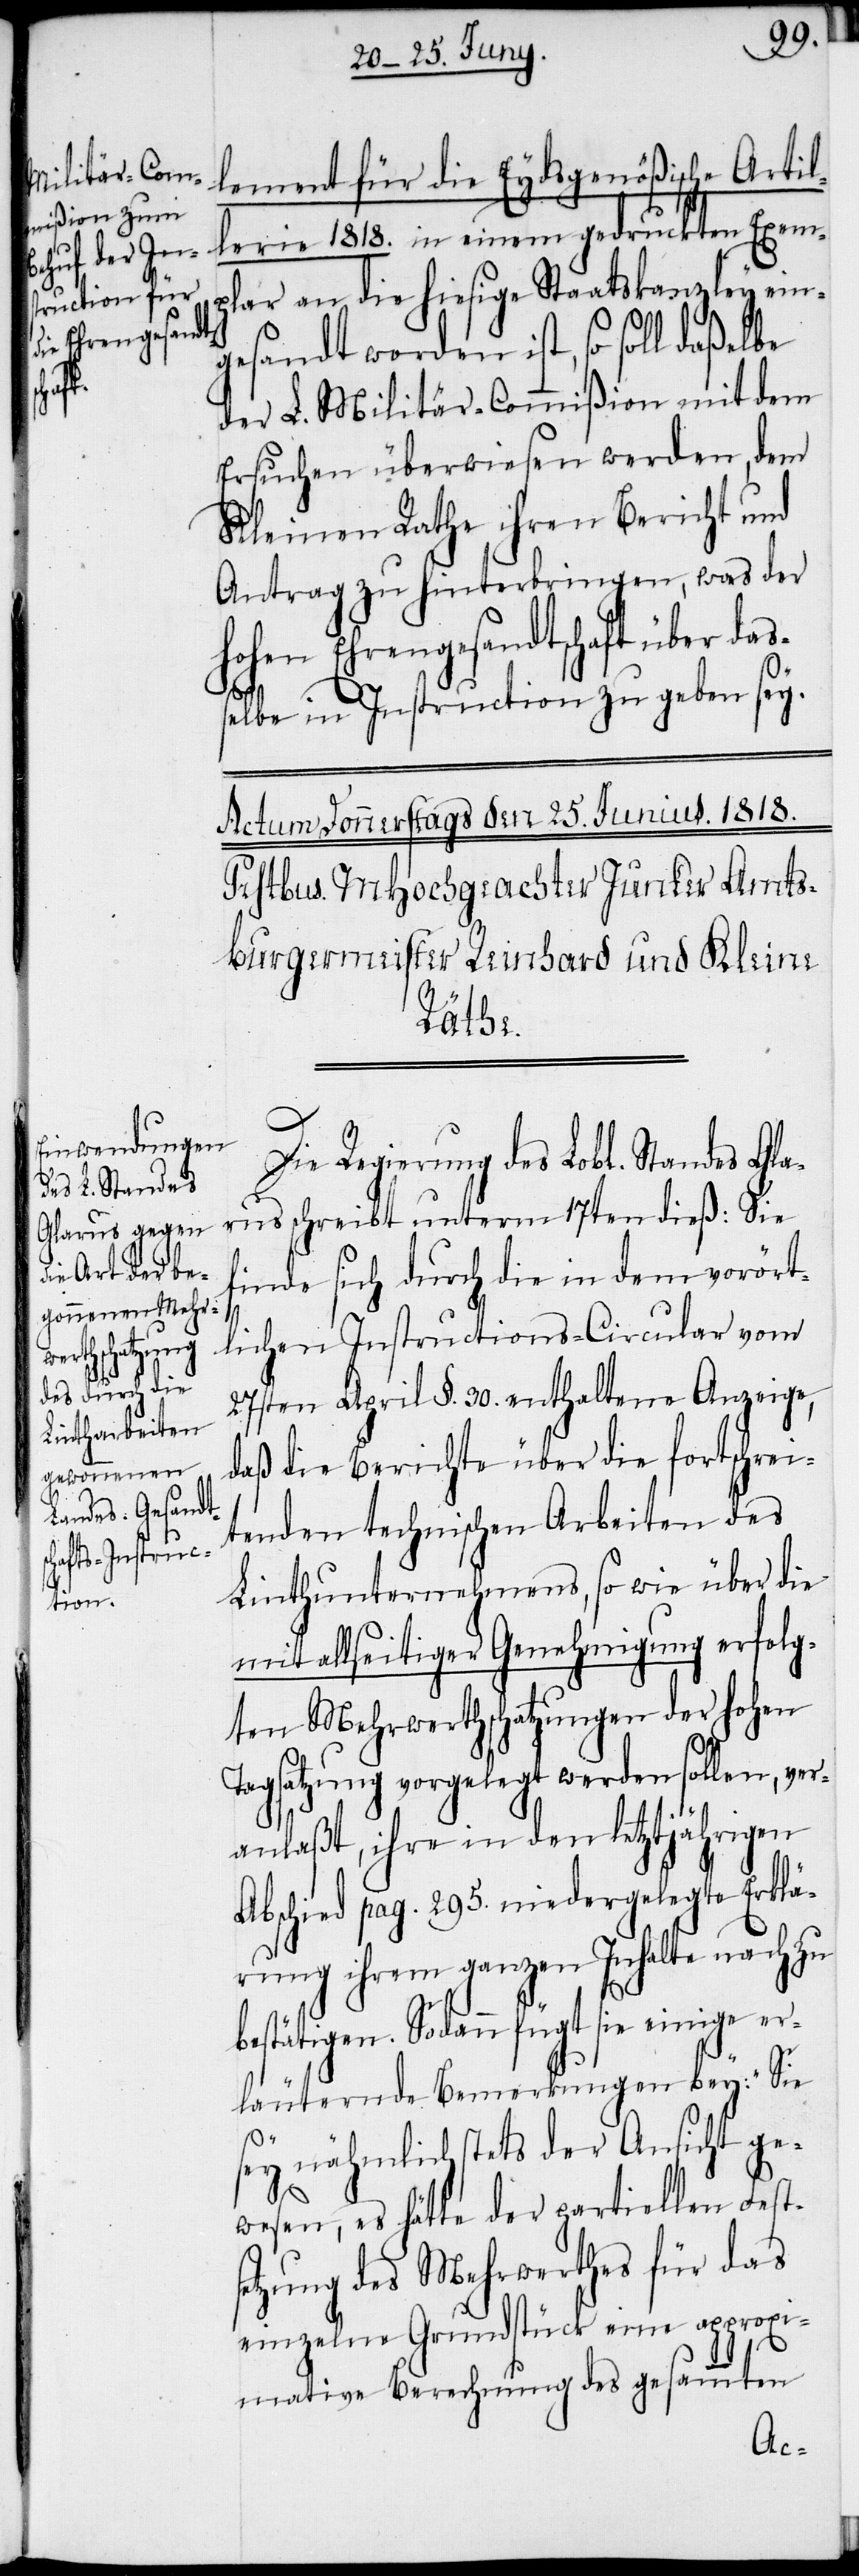
lement für die Eydsgenößische Artil¬
lerie 1818. in einem gedruckten Exem¬
plar an die hiesige Staatskanzley ein¬
gesandt worden ist, so soll daßelbe
der L. Militär-Commißion mit dem
Ersuchen überwiesen werden, dem
Kleinen Rathe ihren Bericht und
Antrag zu hinterbringen, was der
hohen Ehrengesandtschaft über daß¬
elbe in Instruction zu geben sey.
Die Regierung des Lobl. Standes Gla¬
rus schreibt unterm 17ten dieß: Sie
finde sich durch die in dem vorört¬
lichen Instructions-Circular vom
27sten April §. 30. enthaltene Anzeige,
daß die Berichte über die fortschrei¬
tenden technischen Arbeiten des
Linthunternehmens, so wie über die
mit allseitiger Genehmigung erfolg¬
ten Mehrwerthschatzungen der hohen
Tagsatzung vorgelegt werden sollen, ver¬
anlaßt, ihre in den letztjährigen
Abschied pag. 295. niedergelegte Erklä¬
rung ihrem ganzen Inhalte nach zu
bestätigen. Sodann fügt sie einige er¬
läuternde Bemerkungen bey: „Sie
sey nähmlich stets der Ansicht ge¬
wesen, es hätte der partiellen Fest¬
setzung des Mehrwerthes für das
einzelne Grundstück eine approxi¬
mative Berechnung des gesammten